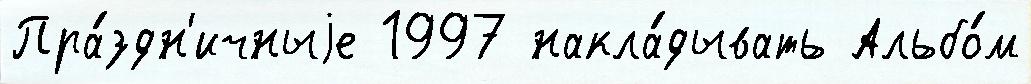
Пра́здн'ичныjе 1997 накла́дывать Альбо́м